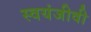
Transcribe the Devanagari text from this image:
स्वयंजीवी